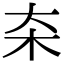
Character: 㚓